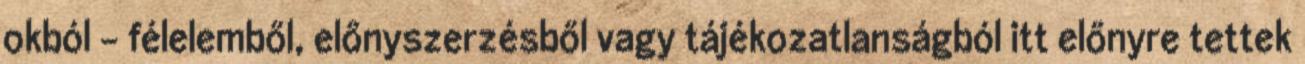
okból - félelemből, előnyszerzésből vagy tájékozatlanságból itt előnyre tettek